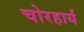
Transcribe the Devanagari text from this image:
चोरहार्यं